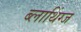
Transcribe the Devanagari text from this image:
ब्लाथिंग्ज